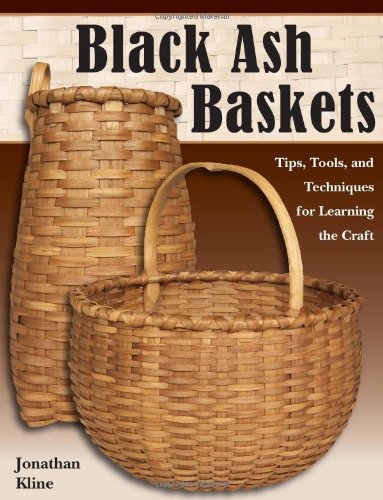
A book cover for Black Ash Baskets: Tips, Tools, & Techniques for Learning the Craft; Jonathan Kline; Crafts, Hobbies & Home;